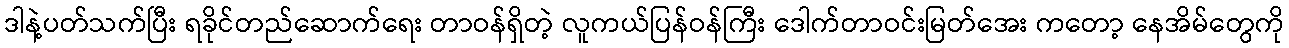
ဒါနဲ့ပတ်သက်ပြီး ရခိုင်တည်ဆောက်ရေး တာဝန်ရှိတဲ့ လူကယ်ပြန်ဝန်ကြီး ဒေါက်တာဝင်းမြတ်အေး ကတော့ နေအိမ်တွေကို